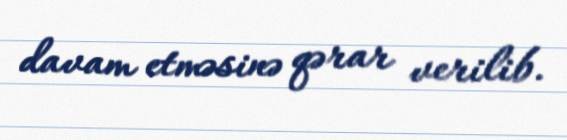
davam etməsinə qərar verilib.